Report on the Civil Veterinary Department, Eastern Bengal and Assam - 1907-1911
Year: 1907
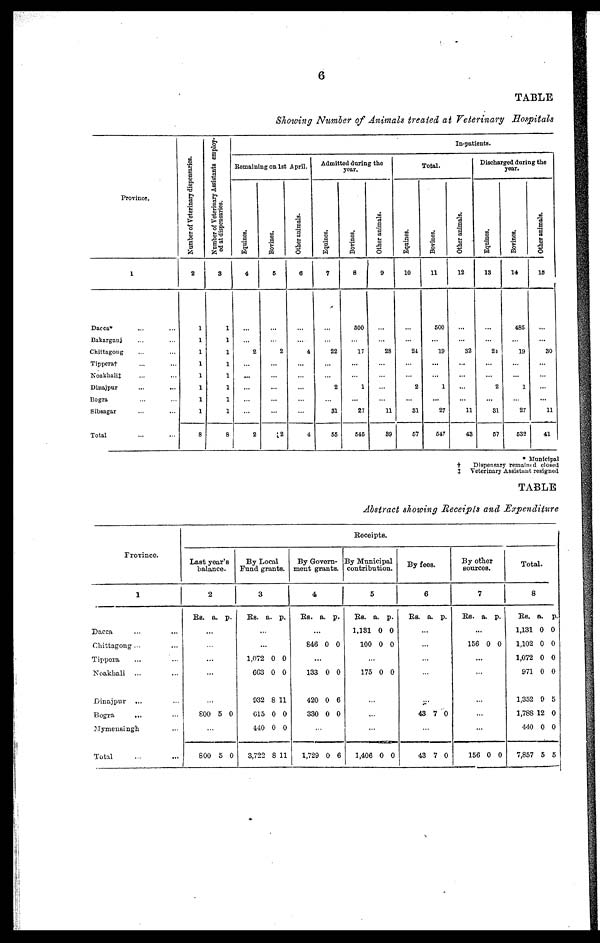
6
TABLE
Showing Number of Animals treated at Veterinary Hospitals
Province.
1
Dacca ... ...
Bakarganj ... ...
Ckittagong ... ...
Tipperat ... ...
Noakhalit ... ...
Dinajpur ... ...
Bogra ... ...
Sibsagar ... ...
Total ... ....
Number of Veterinary dispensaries.
2
1
1
1
1
1
1
1
1
8
Number of Veterinary Assistants employ-
ed at dispensaries.
3
1
1
1
1
1
1
1
1
8
Remaining on 1st April.
Equines.
4
...
...
2
...
...
...
...
...
2
Bovines.
5
...
...
2
...
...
...
...
...
2
Other animals.
6
...
...
4
...
...
...
...
...
4
Admitted daring the
year.
Equines.
7
...
...
22
...
...
2
...
31
55
Bovines.
8
500
...
17
...
...
1
...
27
545
Other animals.
9
...
...
28
...
...
...
...
11
39
Equines.
10
...
...
24
...
...
2
...
81
57
Total.
Bovines,
11
500
...
19
...
...
1
...
27
547
In-patients.
Other animals.
12
...
...
82
...
...
...
...
11
43
Discharged daring the
year.
Equines.
13
...
...
24
...
...
2
...
31
57
Bovines.
14
485
...
19
...
...
1
...
27
5S2
Other animals.
10
...
...
30
...
...
...
...
11
41
* Municipal
Dispensary remained closed
Veterinary Assistant resigned
TABLE
Abstract showing Receipts and Expenditure
Frovince.
1
Dacca
Chittagong ... ...
Tippera ... ...
Noakhali ... ...
Dinajpur
... ...
Bogra
... ...
Mymensingh ... ...
Total
Last year's
balance.
2
RS.
a. p.
...
800 5 0
800 5 0
By Local
Fund grants.
3
Rs. a. p.
...
1,072 0 0
6G3 0 0
932 8 11
G15 0 0
440 0 0
3,722 8 11
By Govern-
ment grants.
4
Rs. a. p.
846 0 0
...
133 0 0
420 0 6
330 0 0
1,729 0 6
Receipts.
By Municipal
contribution.
5
Rs. a. p.
1,131 0 0
100 0 0
175 0 0
...
1,406 0 0
By fees.
6
Rs. a. p.
43 7 0
43 7 0
By other
sources.
7
Rs. a. p.
...
156 0 0
...
...
156 0 0
Total.
8
Rs. a. p.
1,131 0 0
1,102 0 0
1,072 0 0
971 0 0
1,352 9 5
1,788 12 0
440 0 0
7,857 5 5